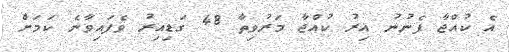
އެ ކުއްޖާ ފެނުނު އިރު ކުއްޖާ މަރުވިތާ 48 ގަޑިއިރު ވެފައިވާނެ ކަމަށް